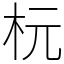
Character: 杬